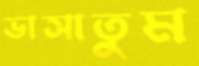
ভাসাতুম